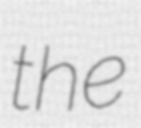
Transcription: the